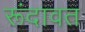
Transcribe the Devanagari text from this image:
रूंदावत